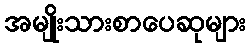
အမျိုးသားစာပေဆုများ